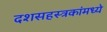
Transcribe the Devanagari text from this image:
दशसहस्त्रकांमध्ये